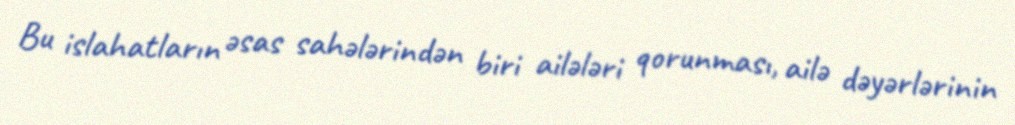
Bu islahatların əsas sahələrindən biri ailələri qorunması, ailə dəyərlərinin